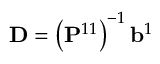
\mathbf { D } = \left( \mathbf { P } ^ { 1 1 } \right) ^ { - 1 } \mathbf { b } ^ { 1 }